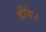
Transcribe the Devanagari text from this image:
हींस।